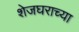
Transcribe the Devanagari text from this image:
शेजघराच्या